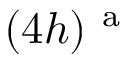
( 4 h ) ^ { \mathrm { ~ a ~ } }